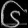
Digit: ၆